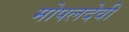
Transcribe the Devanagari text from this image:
मोपलदेवी